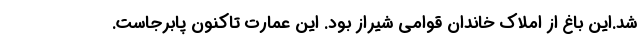
شد.این باغ از املاک خاندان قوامی شیراز بود. این عمارت تاکنون پابرجاست.